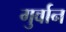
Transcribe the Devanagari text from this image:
गुर्वान